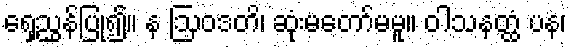
ရှေ့ညွှန်ပြု၍။ န ဩဝဒတိ၊ ဆုံးမတော်မမူ။ ဝါသနတ္ထံ ပန၊